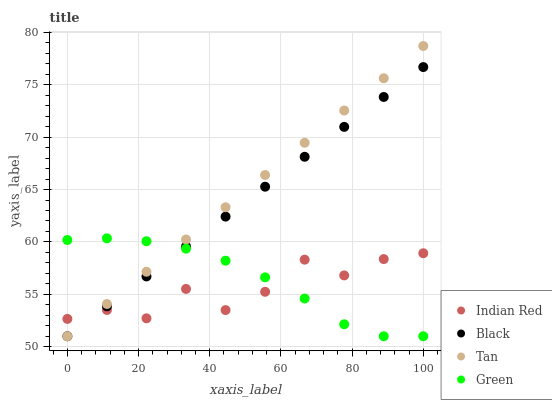
| xaxis_label | Indian Red | Black | Tan | Green |
 | --- | --- | --- | --- | --- |
 | 0 | 52.7 | 51 | 51 | 60.2 |
 | 11.1 | 53.5 | 53.9 | 54.1 | 60.3 |
 | 22.2 | 52.7 | 56.7 | 57.2 | 60.1 |
 | 33.3 | 55.5 | 59.6 | 60.2 | 59.4 |
 | 44.4 | 53.5 | 62.4 | 63.3 | 58.2 |
 | 55.6 | 55.2 | 65.3 | 66.4 | 56.6 |
 | 66.7 | 58.3 | 68.1 | 69.5 | 54.6 |
 | 77.8 | 56.8 | 71 | 72.5 | 52.1 |
 | 88.9 | 58.4 | 73.8 | 75.6 | 51 |
 | 100 | 58.9 | 76.7 | 78.7 | 51 |